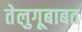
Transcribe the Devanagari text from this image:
तेलुगूबाबत